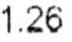
1.26